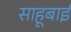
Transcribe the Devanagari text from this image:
साहूबाई